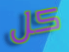
كل